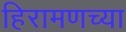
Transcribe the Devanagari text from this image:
हिरामणच्या